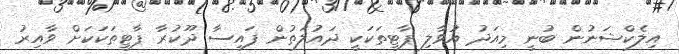
އިލެކްޝަނުން ބުނީ މިއަދު އުވާލި ޕާޓީތަކަކީ ދައުލަތުން ފައިސާ ދޫކުރާ ޕާޓީތަކަކަށް ވާއިރު